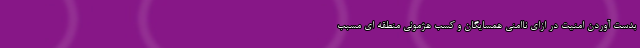
بدست آوردن امنیت در ازای ناامنی همسایگان و کسب هژمونی منطقه ای مسبب